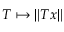
T \mapsto \| T x \|